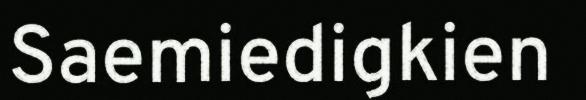
Saemiedigkien